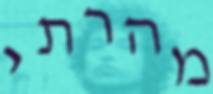
מהרתי